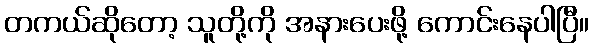
တကယ်ဆိုတော့ သူတို့ကို အနားပေးဖို့ ကောင်းနေပါပြီ။